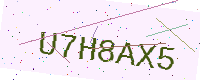
Text: U7H8AX5